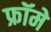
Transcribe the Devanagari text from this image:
फ्रॉमे